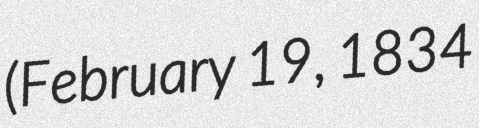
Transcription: (February 19, 1834